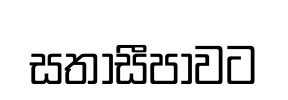
සතාසීපාවට